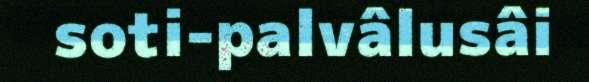
soti-palvâlusâi